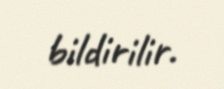
bildirilir.